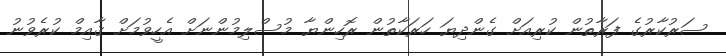
ސަރުކާރުގެ ފަރާތުން ކުރިއަށް ގެންދިޔަ ހަރަކާތުން ރޮހިންޔާ މުސްލިމުންނަށް އެހީވުމަށް ޤާއިމް ކުރެވުނު